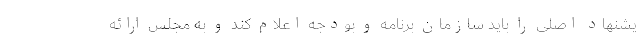
یشنهاد اصلی را باید سازمان برنامه و بودجه اعلام کند و به مجلس ارائه